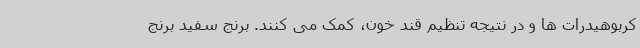
کربوهیدرات ها و در نتیجه تنظیم قند خون، کمک می کنند. برنج سفید برنج